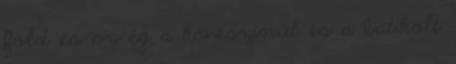
föld és az ég a kávészínűt és a batikolt